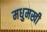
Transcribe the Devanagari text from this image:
मधुमखी